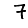
Digit: 7